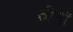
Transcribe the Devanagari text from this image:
तीनॉ